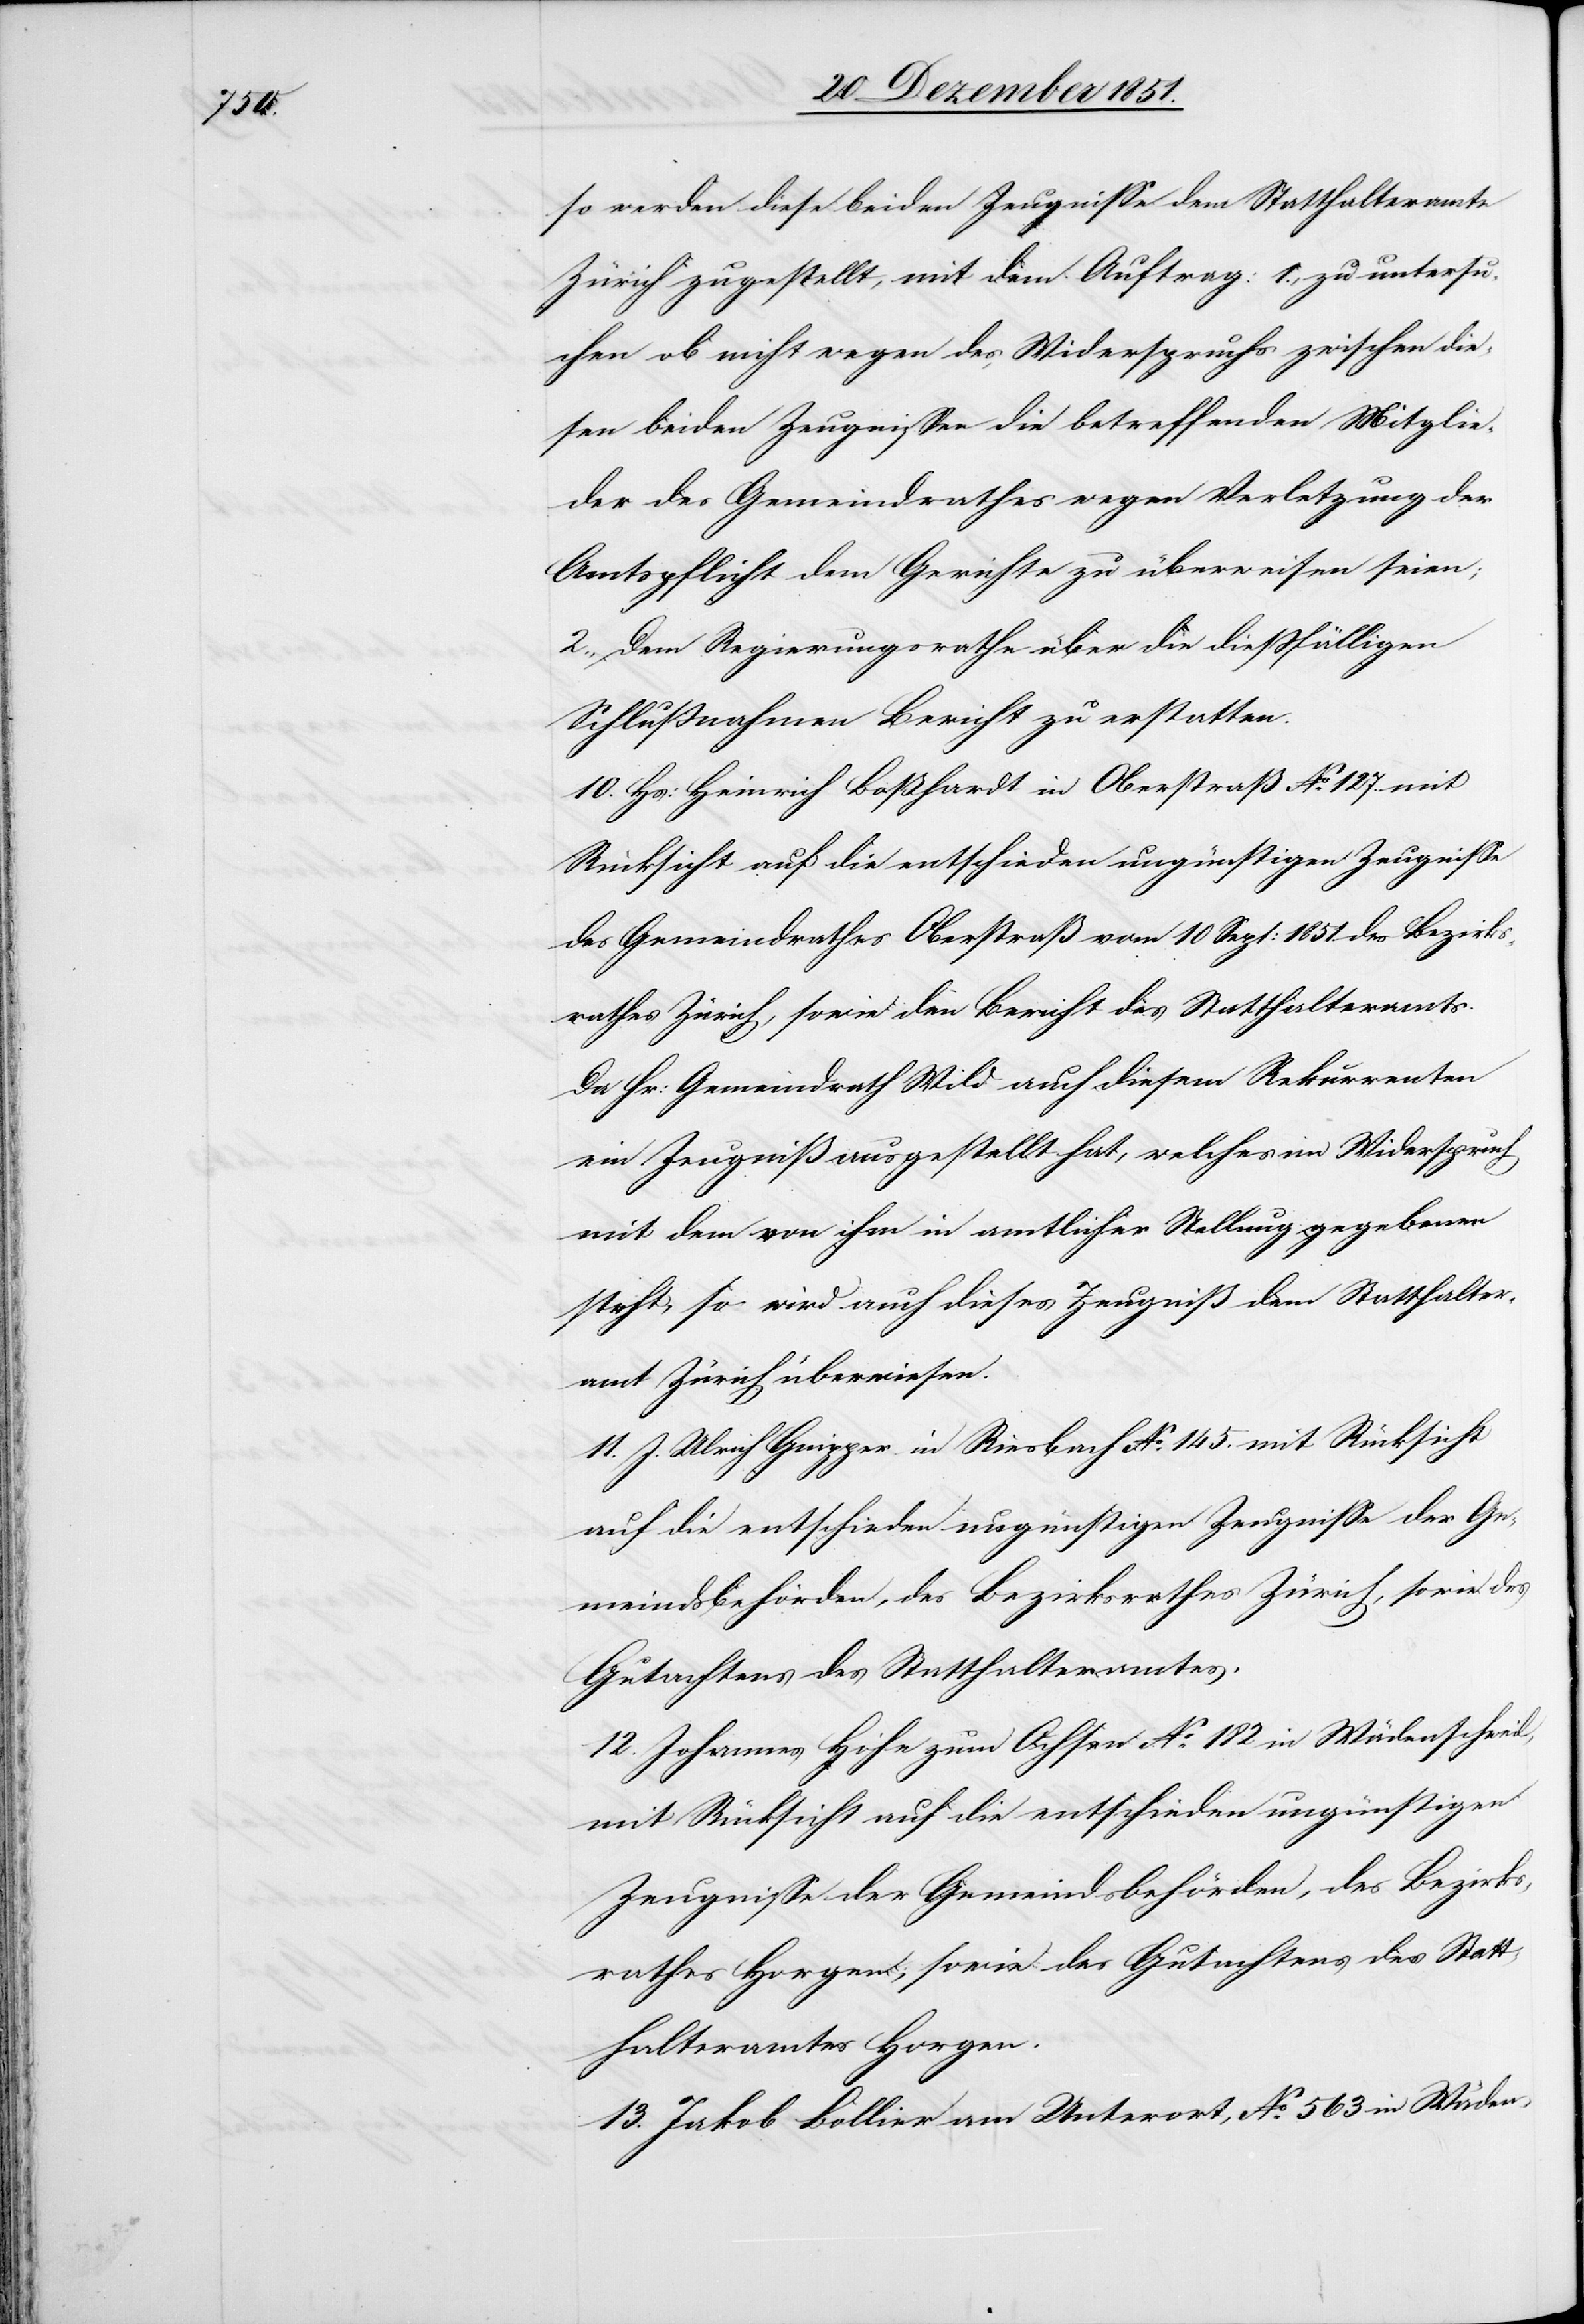
so werden diese beiden Zeugnisse dem Statthalteramte
Zürich zugestellt, mit dem Auftrag: 1., zu untersu¬
chen ob nicht wegen des Widerspruchs zwischen die¬
sen beiden Zeugnissen die betreffenden Mitglie¬
der des Gemeindrathes wegen Verletzung der
Amtspflicht dem Gerichte zu überweisen seien;
2., Dem Regierungsrathe über die dießfälligen
Schlußnahmen Bericht zu erstatten.
10. Hs: Heinrich Boßhardt in Oberstraß No. 127. mit
Rücksicht auf die entschieden ungünstigen Zeugnisse
des Gemeindrathes Oberstraß vom 10 Sept: 1851. des Bezirks¬
rathes Zürich, sowie den Bericht des Statthalteramts.
Da Hr: Gemeindrath Wild auch diesem Rekurrenten
ein Zeugniß ausgestellt hat, welches im Widerspruch
mit dem von ihm in amtlicher Stellung gegebenen
steht, so wird auch dieses Zeugniß dem Statthalter¬
amt Zürich überwiesen.
11. J. Ulrich Gnipper in Riesbach No. 145. mit Rücksicht
auf die entschieden ungünstigen Zeugnisse der Ge¬
meindsbehörden, des Bezirksrathes Zürich, sowie des
Gutachtens des Statthalteramtes.
12. Johannes Höhn zum Ochsen No. 182 in Wädenschweil,
mit Rücksicht auf die entschieden ungünstigen
Zeugnisse der Gemeindsbehörden, des Bezirks¬
rathes Horgen; sowie des Gutachtens des Statt¬
halteramtes Horgen.
13. Jakob Bollier am Unterort, No. 563 in Wäden-